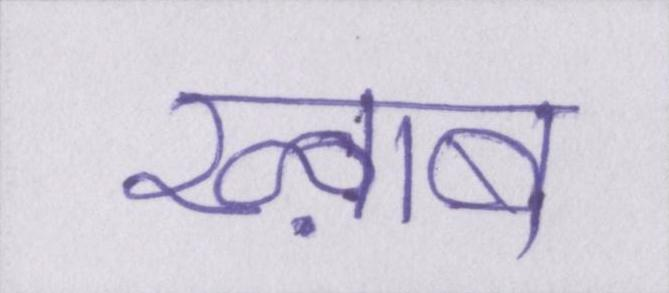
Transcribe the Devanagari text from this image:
ख्व़ाब